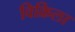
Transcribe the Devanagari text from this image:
विक्रिला